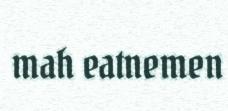
mah eatnemen